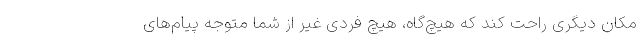
مکان دیگری راحت کند که هیچ‌گاه، هیچ‌ فردی غیر از شما متوجه پیام‌های